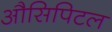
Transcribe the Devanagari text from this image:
औसिपिटल